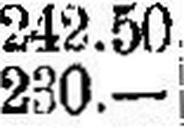
230.—